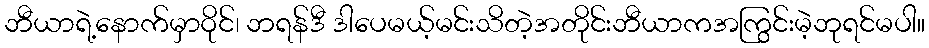
ဘီယာရဲ့နောက်မှာဝိုင်၊ ဘရန်ဒီ ဒါပေမယ့်မင်းသိတဲ့အတိုင်းဘီယာကအကြွင်းမဲ့ဘုရင်မပါ။